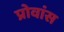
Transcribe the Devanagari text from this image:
प्रोवांस